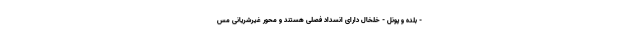
- بلده و پونل - خلخال دارای انسداد فصلی هستند و محور غیرشریانی مس